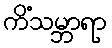
ကိံသမ္ဘာရာ